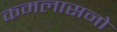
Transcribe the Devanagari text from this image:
कमलासनो